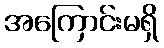
အကြောင်းမရှိ